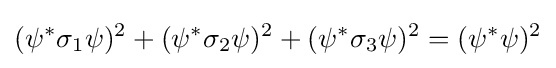
(\psi ^{*}\sigma _{1}\psi )^{2}+(\psi ^{*}\sigma _{2}\psi )^{2}+(\psi ^{*}\sigma _{3}\psi )^{2}=(\psi ^{*}\psi )^{2}